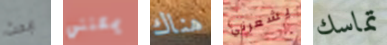
ابحث يمكنني هناك يشعرني تماسك